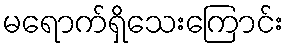
မရောက်ရှိသေးကြောင်း